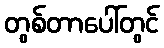
တွစ်တာပေါ်တွင်